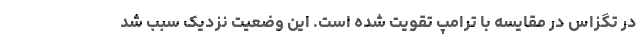
در تگزاس در مقایسه با ترامپ تقویت شده است. این وضعیت نزدیک سبب شد